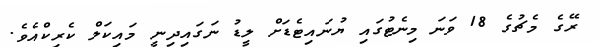
ރޭގެ މެޗުގެ 18 ވަނަ މިނެޓުގައި ޔުނައިޓެޑަށް ލީޑު ނަގައިދިނީ މައިކަލް ކެރިކްއެވެ.